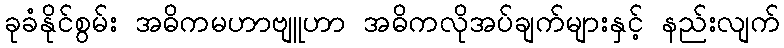
ခုခံနိုင်စွမ်း အဓိကမဟာဗျူဟာ အဓိကလိုအပ်ချက်များနှင့် နည်းလျက်